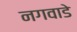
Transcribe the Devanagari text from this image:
नगवाडे